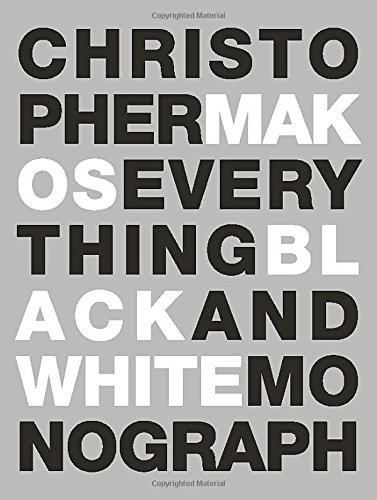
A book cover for Everything: The Black and White Monograph; Christopher Makos; Arts & Photography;